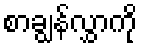
စာချွန်လွှာကို